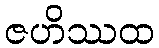
ဇဟိဿထ